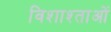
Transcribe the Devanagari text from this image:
विशाश्ताओं